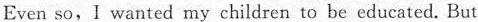
Even so, I wanted my children to be educated. But